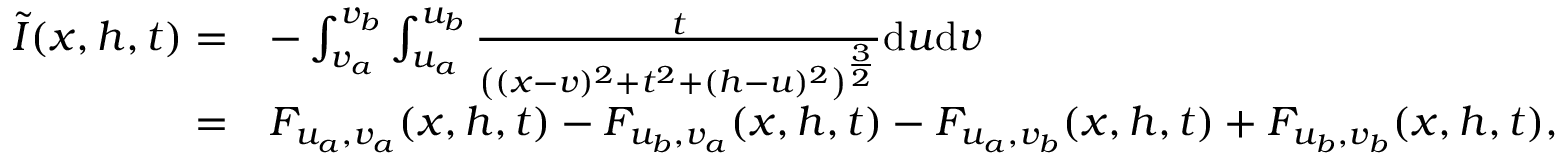
\begin{array} { r l } { \Tilde { I } ( x , h , t ) = } & { - \int _ { v _ { a } } ^ { v _ { b } } \int _ { u _ { a } } ^ { u _ { b } } \frac { t } { \left( ( x - v ) ^ { 2 } + t ^ { 2 } + ( h - u ) ^ { 2 } \right) ^ { \frac { 3 } { 2 } } } \mathrm { d } u \mathrm { d } v } \\ { = } & { F _ { u _ { a } , v _ { a } } ( x , h , t ) - F _ { u _ { b } , v _ { a } } ( x , h , t ) - F _ { u _ { a } , v _ { b } } ( x , h , t ) + F _ { u _ { b } , v _ { b } } ( x , h , t ) , } \end{array}